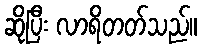
ဆိုပြီး လာရိတတ်သည်။